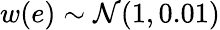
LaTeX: w(e)\sim\mathcal{N}(1,0.01)